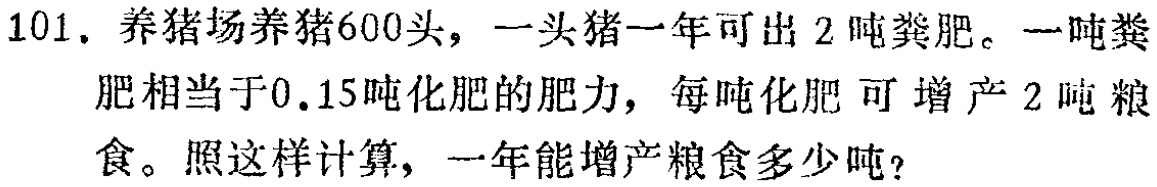
101. 养猪场养猪600头，一头猪一年可出2吨粪肥。一吨粪肥相当于0.15吨化肥的肥力，每吨化肥可增产2吨粮食。照这样计算，一年能增产粮食多少吨？